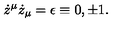
\dot { z } ^ { \mu } \dot { z } _ { \mu } = \epsilon \equiv 0 , \pm 1 .